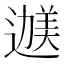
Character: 𬩇